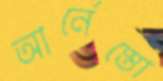
আর্নেস্তো